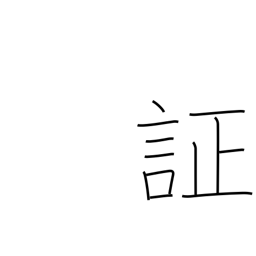
Meaning: evidence